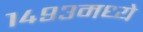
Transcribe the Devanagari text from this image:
१४९३मध्ये